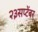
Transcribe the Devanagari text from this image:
२३सप्टेंबर